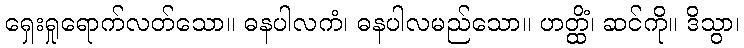
ရှေးရှုရောက်လတ်သော။ ဓနပါလကံ၊ ဓနပါလမည်သော။ ဟတ္ထိံ၊ ဆင်ကို။ ဒိသွာ၊